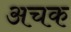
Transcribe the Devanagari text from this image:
अचक